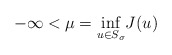
\begin{align*}-\infty <\mu =\underset{u\in S_{\sigma }}{\inf }J(u) \end{align*}